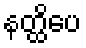
နတ္ထိပေ